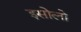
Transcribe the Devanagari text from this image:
इसोलो